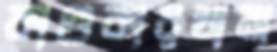
কাণ্ডকারখানা